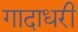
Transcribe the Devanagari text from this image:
गादाधरी